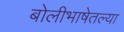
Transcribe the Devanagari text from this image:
बोलीभाषेतल्या